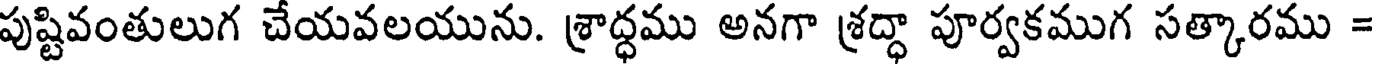
పుష్టివంతులుగ చేయవలయును. శ్రాద్ధము అనగా శ్రద్ధా పూర్వకముగ సత్కారము =